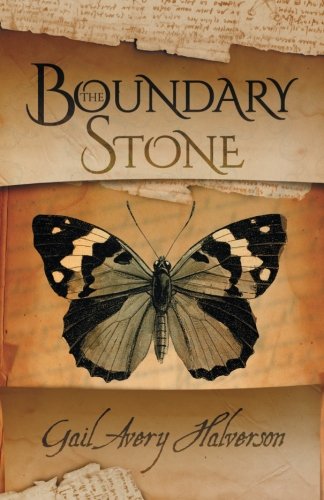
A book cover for The Boundary Stone (The Stockbridge Series) (Volume 1); Gail Avery Halverson; Romance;